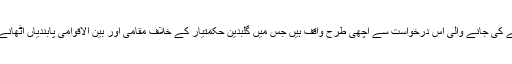
ایک سوال کے جواب میں جان کربی کا کہنا تھا کہ ہم افغانستان کی حکومت کی جانب سے کی جانے والی اس درخواست سے اچھی طرح واقف ہیں جس میں گلبدین حکمتیار کے خلاف مقامی اور بین الاقوامی پابندیاں اٹھانے کیلئے کہا گیا ہے، جس نے حال ہی میں افغانستان سے امن معاہدے پر دستخط کیے ہیں۔